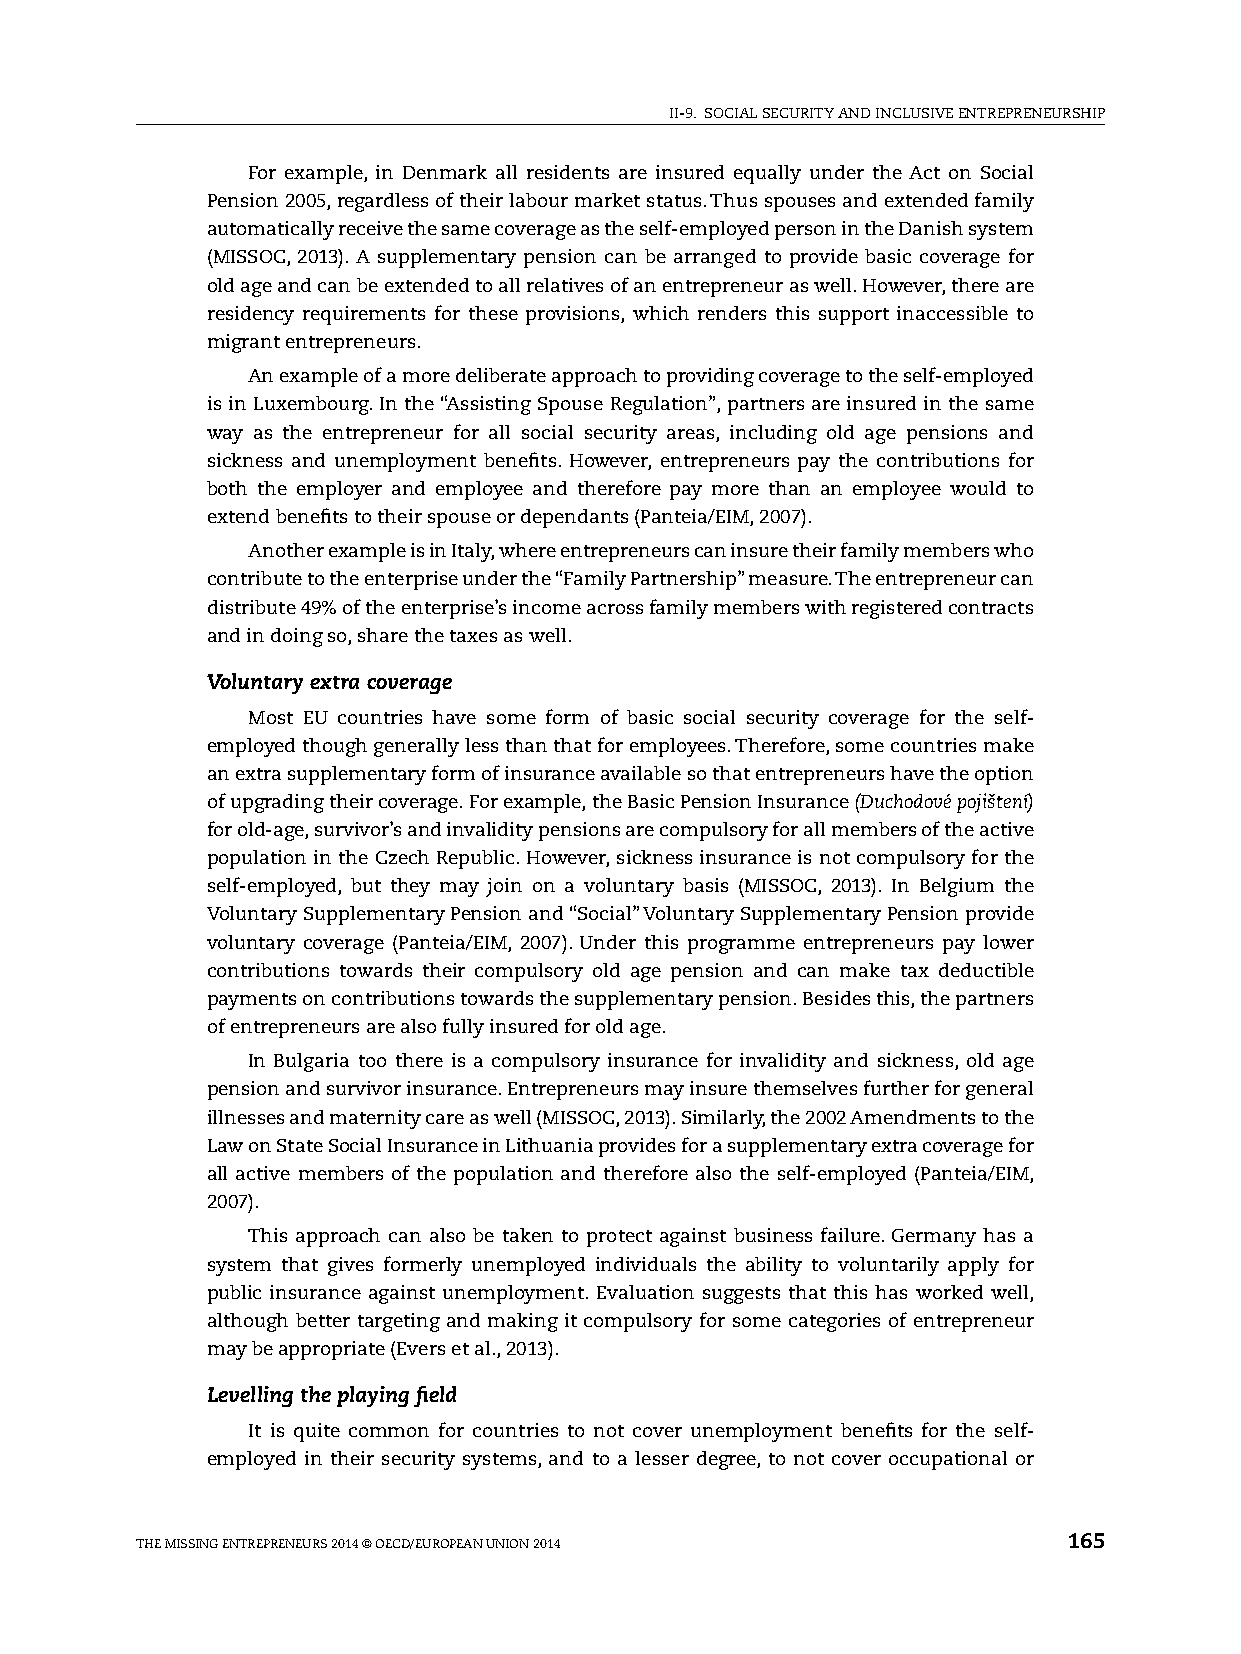
II-9. sOCIAl sECURITy AND INClUsIvE ENTREpRENEURshIp
 For example, in Denmark all residents are insured equally under the Act on social
 pension 2005, regardless of their labour market status. Thus spouses and extended family
 automatically receive the same coverage as the self-employed person in the Danish system
 (MIssOC, 2013). A supplementary pension can be arranged to provide basic coverage for
 old age and can be extended to all relatives of an entrepreneur as well. however, there are
 residency requirements for these provisions, which renders this support inaccessible to
 migrant entrepreneurs.
 An example of a more deliberate approach to providing coverage to the self-employed
 is in luxembourg. In the “Assisting spouse Regulation”, partners are insured in the same
 way as the entrepreneur for all social security areas, including old age pensions and
 sickness and unemployment benefits. however, entrepreneurs pay the contributions for
 both the employer and employee and therefore pay more than an employee would to
 extend benefits to their spouse or dependants (panteia/EIM, 2007).
 Another example is in Italy, where entrepreneurs can insure their family members who
 contribute to the enterprise under the “Family partnership” measure. The entrepreneur can
 distribute 49% of the enterprise’s income across family members with registered contracts
 and in doing so, share the taxes as well.
 Voluntary extra coverage
 Most EU countries have some form of basic social security coverage for the self-
 employed though generally less than that for employees. Therefore, some countries make
 an extra supplementary form of insurance available so that entrepreneurs have the option
 of upgrading their coverage. For example, the Basic pension Insurance (Duchodové pojištení)
 for old-age, survivor’s and invalidity pensions are compulsory for all members of the active
 population in the Czech Republic. however, sickness insurance is not compulsory for the
 self-employed, but they may join on a voluntary basis (MIssOC, 2013). In Belgium the
 voluntary supplementary pension and “social” voluntary supplementary pension provide
 voluntary coverage (panteia/EIM, 2007). Under this programme entrepreneurs pay lower
 contributions towards their compulsory old age pension and can make tax deductible
 payments on contributions towards the supplementary pension. Besides this, the partners
 of entrepreneurs are also fully insured for old age.
 In Bulgaria too there is a compulsory insurance for invalidity and sickness, old age
 pension and survivor insurance. Entrepreneurs may insure themselves further for general
 illnesses and maternity care as well (MIssOC, 2013). similarly, the 2002 Amendments to the
 law on state social Insurance in lithuania provides for a supplementary extra coverage for
 all active members of the population and therefore also the self-employed (panteia/EIM,
 2007).
 This approach can also be taken to protect against business failure. Germany has a
 system that gives formerly unemployed individuals the ability to voluntarily apply for
 public insurance against unemployment. Evaluation suggests that this has worked well,
 although better targeting and making it compulsory for some categories of entrepreneur
 may be appropriate (Evers et al., 2013).
 Levelling the playing field
 It is quite common for countries to not cover unemployment benefits for the self-
 employed in their security systems, and to a lesser degree, to not cover occupational or
 ThE MIssING ENTREpRENEURs 2014 © OECD/EUROpEAN UNION 2014     165